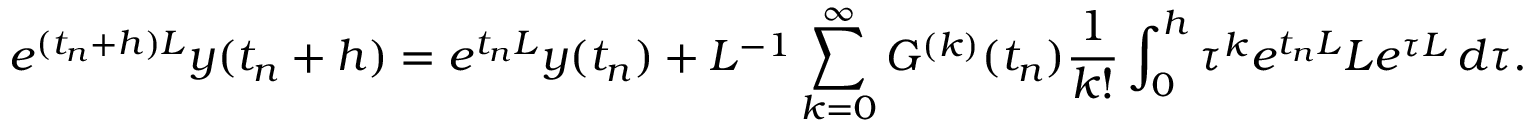
e ^ { ( t _ { n } + h ) L } y ( t _ { n } + h ) = e ^ { t _ { n } L } y ( t _ { n } ) + L ^ { - 1 } \sum _ { k = 0 } ^ { \infty } G ^ { ( k ) } ( t _ { n } ) \frac { 1 } { k ! } \int _ { 0 } ^ { h } \tau ^ { k } e ^ { t _ { n } L } L e ^ { \tau L } \, d \tau .